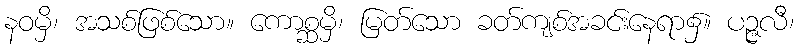
နဝမှိ၊ အသစ်ဖြစ်သော။ ကောစ္ဆမှိ၊ မြတ်သော ခတ်ကျစ်အခင်းနေရာ၌။ ပဉ္ဇလီ၊